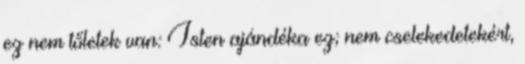
ez nem tőletek van: Isten ajándéka ez; nem cselekedetekért,